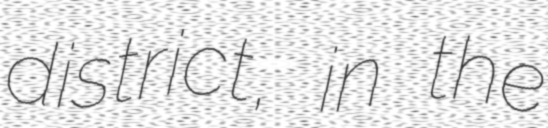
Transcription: district, in the